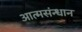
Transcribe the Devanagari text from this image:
आत्मसंन्धान